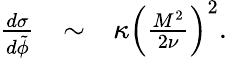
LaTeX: \begin{array}{lcl}{{\frac{{d}\sigma}{d\tilde{\phi}}}}&{{\sim}}&{{\kappa\left(\frac{M^{2}}{2\nu}\right)^{2}.}}\end{array}